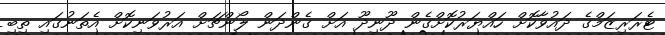
ޓެރަރިޒަމްގެ ދައުވާކޮށް ހައްޔަރުކޮށްގެން ދޫނިދޫ އަށް ގެންދަން ލޯންޗަށް އަރުވަނިކޮށް އެތަނުގައި ތިބި